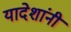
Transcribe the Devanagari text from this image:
यादेशांनी